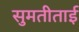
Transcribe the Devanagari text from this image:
सुमतीताई